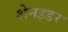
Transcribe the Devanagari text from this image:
शेनइडर